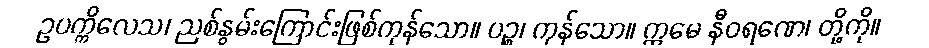
ဥပက္ကိလေသ၊ ညစ်နွမ်းကြောင်းဖြစ်ကုန်သော။ ပဉ္စ၊ ကုန်သော။ ဣမေ နီဝရဏေ၊ တို့ကို။